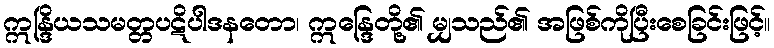
ဣန္ဒြိယသမတ္တပဋိပါဒနတော၊ ဣန္ဒြေတို့၏ မျှသည်၏ အဖြစ်ကိုပြီးစေခြင်းဖြင့်။